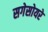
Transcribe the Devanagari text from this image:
सगेसोयरे